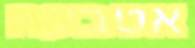
אטבעה